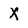
Character: X